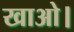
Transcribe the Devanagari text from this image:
खाओ।